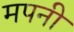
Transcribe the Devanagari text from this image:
मपनी